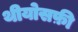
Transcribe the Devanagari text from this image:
थीयोसफ़ी